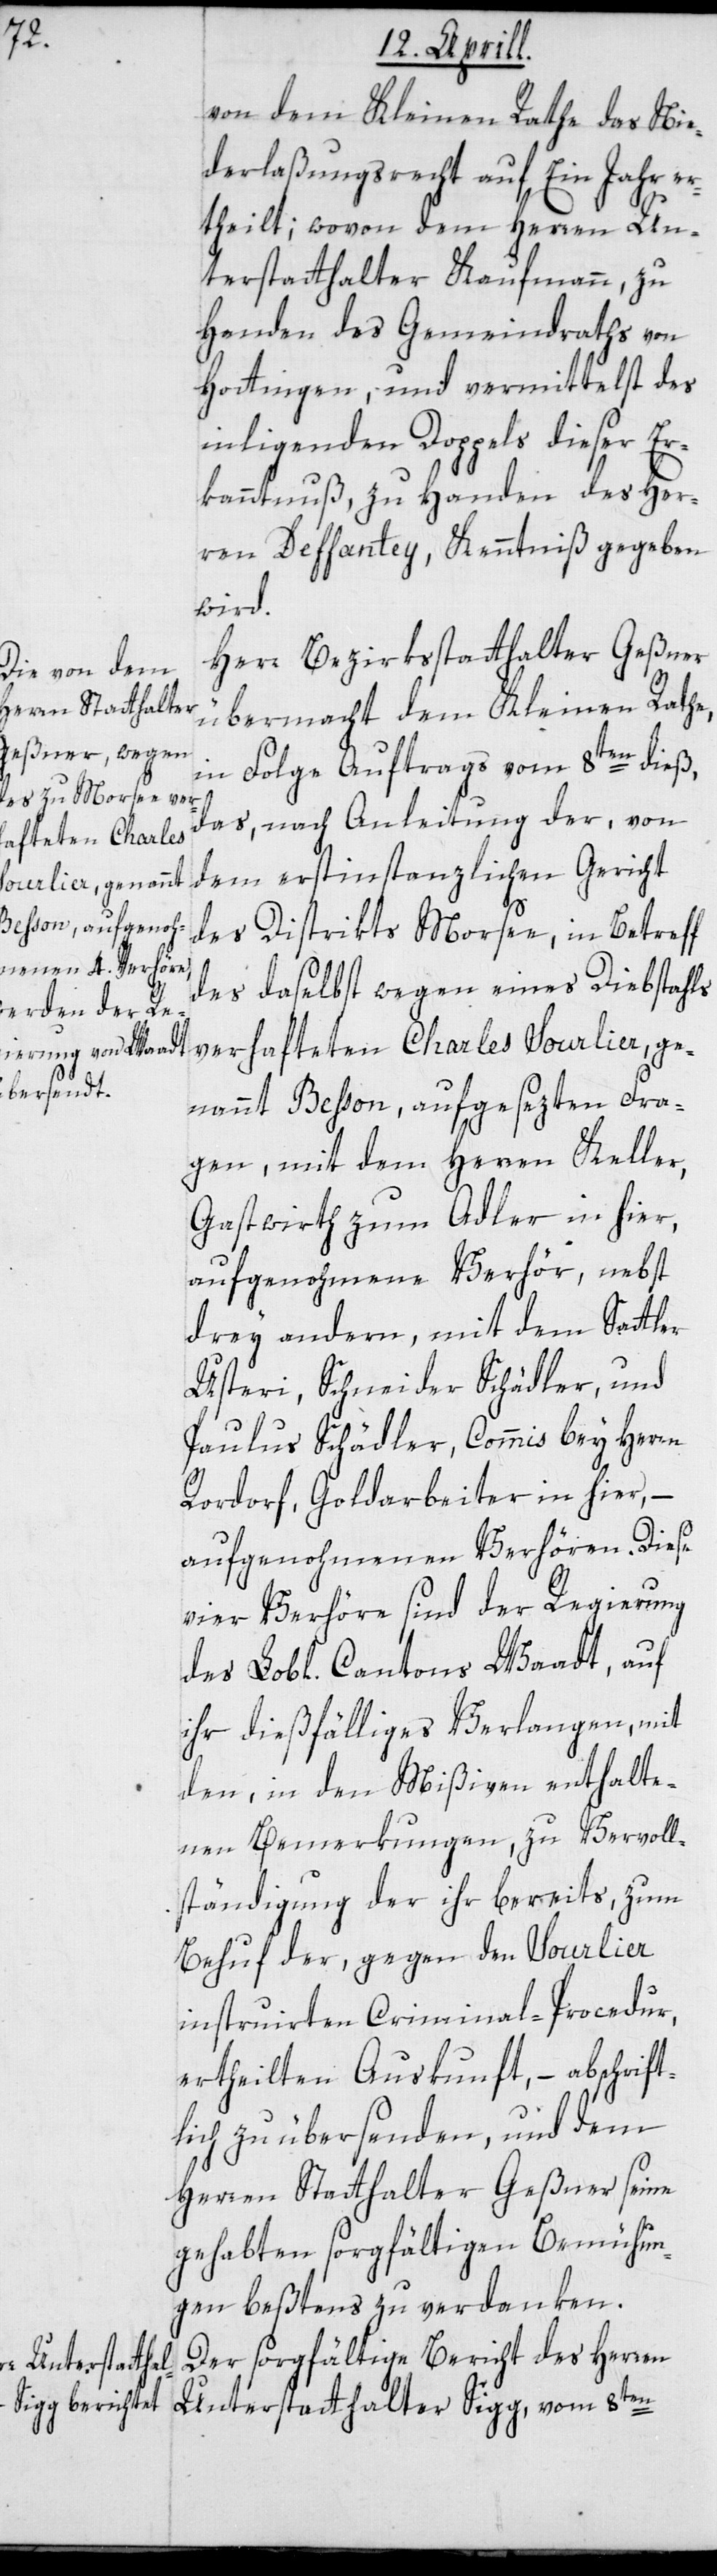
von dem Kleinen Rathe das Nie¬
derlaßungsrecht auf Ein Jahr er¬
theilt; wovon dem Herren Un¬
terstatthalter Kaufmann, zu
Handen des Gemeindraths von
Hottingen, und vermittelst des
inliegenden Doppels dieser Er¬
kanntnuß, zu Handen des Her¬
ren Deffantey, Kenntniß gegeben
wird.
Herr Bezirksstatthalter Geßner
übermacht dem Kleinen Rathe,
in Folge Auftrags vom 8ten dieß,
das, nach Anleitung der von
dem erstinstanzlichen Gericht
des Distrikts Morsee, in Betreff
des daselbst wegen eines Diebstahls
verhafteten Charles Sourlier, ge¬
nannt Besson, aufgesezten Fra¬
gen, mit dem Herren Keller,
Gastwirth zum Adler in hier,
aufgenohmene Verhör, nebst
drey andern, mit dem Sattler
Usteri, Schneider Schädler und
Paulus Schädler, Commis bey Herrn
Rordorf, Goldarbeiter in hier, –
aufgenohmenen Verhören. Diese
vier Verhöre sind der Regierung
des Lobl. Cantons Waadt auf
ihr dießfälliges Verlangen, mit
den, in den Mißiven enthalte¬
nen Bemerkungen, zu Vervoll¬
ständigung der ihr bereits, zum
Behuf der, gegen den Sourlier
instruirten Criminal-Procedur
ertheilten Auskunft, – abschrift¬
lich zu übersenden, und dem
Herren Statthalter Geßner seine
gehabten sorgfältigen Bemühun¬
gen beßtens zu verdanken.
Der sorgfältige Bericht des Herren
Unterstatthalter Sigg, vom 8ten